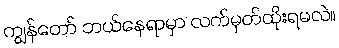
ကျွန်တော် ဘယ်နေရာမှာ လက်မှတ်ထိုးရမလဲ။